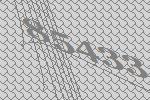
85433